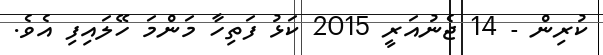
ކުރިން - 14 ޖެނުއަރީ 2015 ކަޅު ފަތިހާ މަންމަ ހޭލައިފި އެވެ.